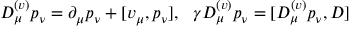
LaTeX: { \cal D } _ { \mu } ^ { ( v ) } p _ { \nu } = \partial _ { \mu } p _ { \nu } + [ v _ { \mu } , p _ { \nu } ] , \ \ \gamma { \cal D } _ { \mu } ^ { ( v ) } p _ { \nu } = [ { \cal D } _ { \mu } ^ { ( v ) } p _ { \nu } , D ]